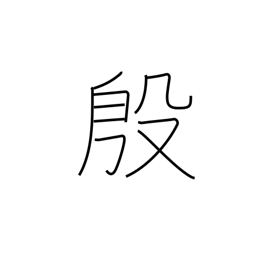
Meaning: flourishing